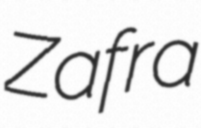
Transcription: Zafra